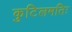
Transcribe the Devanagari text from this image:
कुटिलमतिः